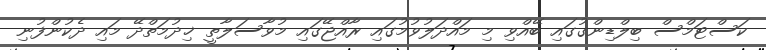
ކަސްޓަމްސް ބިލްޑިންގުގައި ބޭއްވި މި މައްދަލުވުމުގައި ރާއްޖޭގައި މުވާސަލާތީ ޚިދުމަތްދޭ މައި ދެކުންފުނި